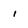
Character: i